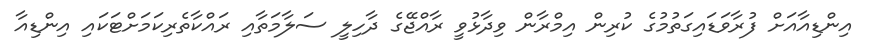
އިންޑިއާއަށް ފުރާވަޑައިގަތުމުގެ ކުރިން އިމްރާން ވިދާޅުވީ ރާއްޖޭގެ ދާހިލީ ސަލާމަތާއި ރައްކާތެރިކަަމަށްޓަކައި އިންޑިއާ